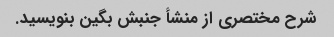
شرح مختصری از منشأ جنبش بگین بنویسید.